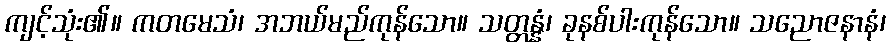
ကျင့်သုံး၏။ ကတမေသံ၊ အဘယ်မည်ကုန်သော။ သတ္တန္နံ၊ ခုနစ်ပါးကုန်သော။ သညောဇနာနံ၊